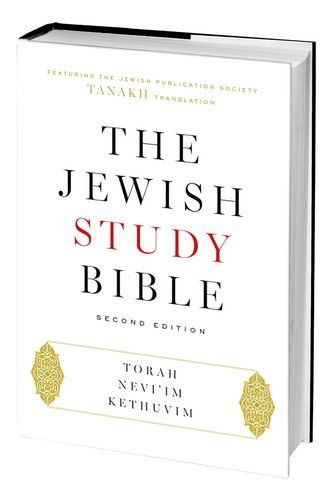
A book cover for The Jewish Study Bible: Second Edition; Christian Books & Bibles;